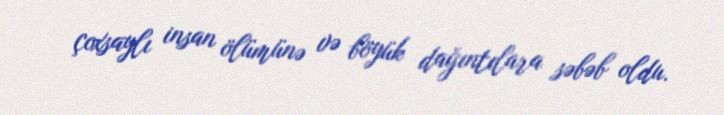
çoxsaylı insan ölümünə və böyük dağıntılara səbəb oldu.